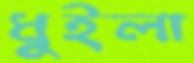
ধুইলা